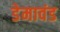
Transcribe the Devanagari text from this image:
डेमावंड